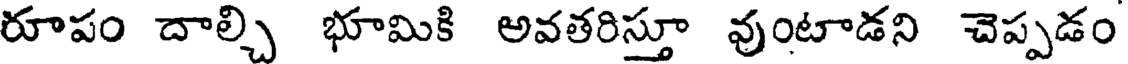
రూపం దాల్చి భూమికి అవతరిస్తూ వుంటాడని చెప్పడం